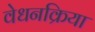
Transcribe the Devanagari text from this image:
वेधनक्रिया